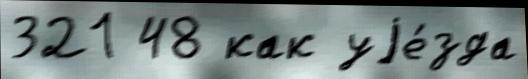
321 48 как уjе́зда